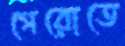
গেরোতে